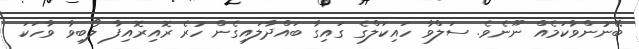
ބޭނުންވާކަމެއް ނޫނެވެ. ސަލްވާ ހައިކަލްގެ ގައިގާ ބައްދާލައިގެން ހުރެ ރޮއިރޮއިފާ ލޯބިވާ ވާހަކަ